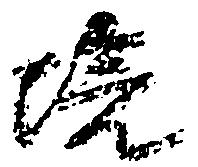
境